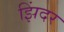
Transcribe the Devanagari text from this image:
झिंदर